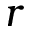
\boldsymbol { r }